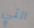
التي